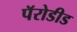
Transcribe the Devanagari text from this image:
पॅरोडीड